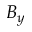
B _ { y }